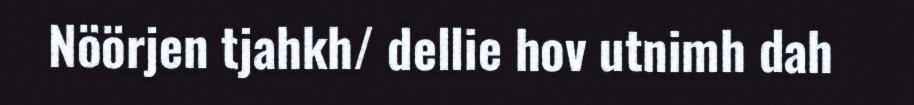
Nöörjen tjahkh/ dellie hov utnimh dah